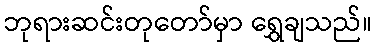
ဘုရားဆင်းတုတော်မှာ ရွှေချသည်။